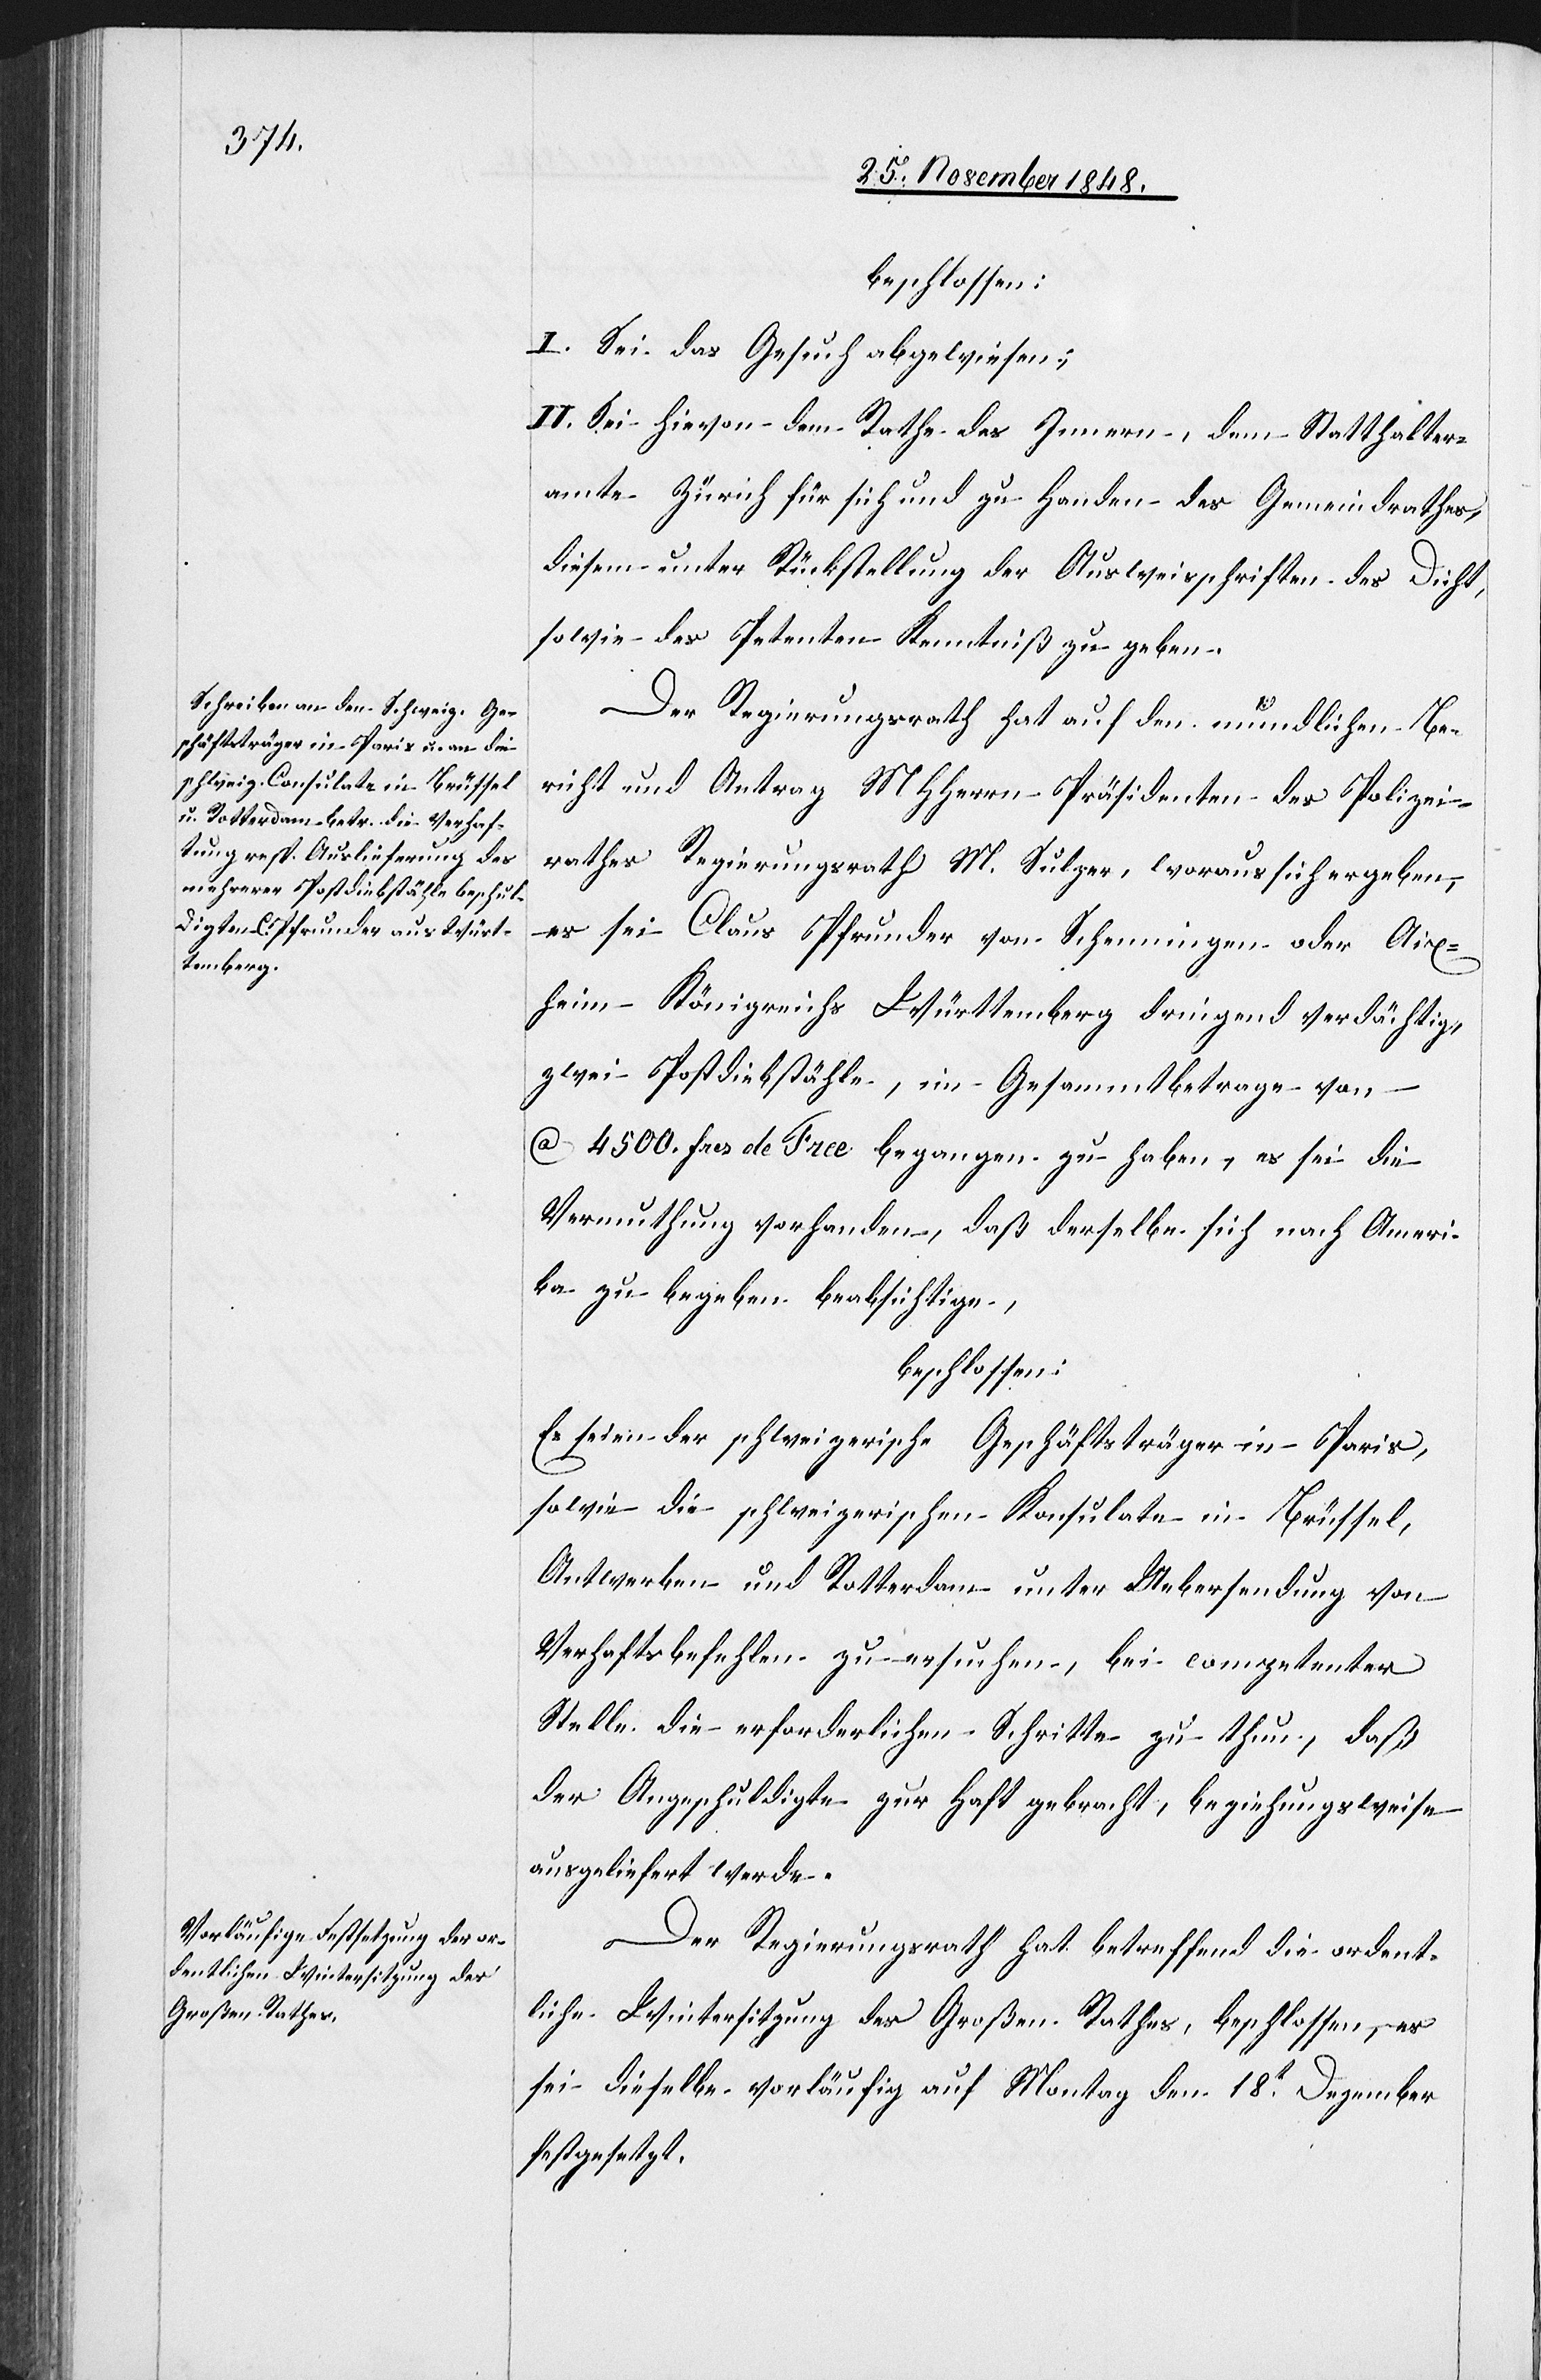
beschlossen:
I. Sei das Gesuch abgewiesen;
II. Sei hievon dem Rathes des Innern, dem Statthalter¬
amte Zürich für sich und zu Handen des Gemeindrathes,
diesem unter Rückstellung der Ausweisschriften des Dicht,
sowie des Petenten Kenntniß zu geben.
Der Regierungsrath hat auf den mündlichen Be¬
richt und Antrag MHHerrn Präsidenten des Polizei¬
rathes Regierungsrath M. Sulzer, woraus sich ergeben,
es sei Claus Pfrunder von Schenningen oder Aix¬
heim Königreichs Württemberg dringend verdächtigt,
zwei Postdiebstähle, im Gesammtbetrage von
ca 4500. frcs de Frce begangen zu haben, es sei die
Vermuthung vorhanden, daß derselbe sich nach Ameri¬
ka zu begeben beabsichtige,
beschlossen:
Es seien der schweizerische Geschäftsträger in Paris,
sowie die schweizerischen Konsulate in Brüssel,
Antwerben und Rotterdam unter Uebersendung von
Verhaftsbefehlen zu ersuchen, bei competenter
Stelle die erforderlichen Schritte zu thun, daß
der Angeschuldigte zur Haft gebracht, beziehungsweise
ausgeliefert werde.
Der Regierungsrath hat betreffend die ordent¬
liche Wintersitzung des Großen Rathes, beschlossen, es
sei dieselbe vorläufig auf Montag den 18t Dezember
festgesetzt.